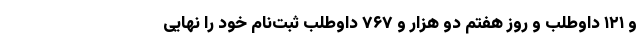
و ۱۲۱ داوطلب و روز هفتم دو هزار و ۷۶۷ داوطلب ثبت‌نام خود را نهایی